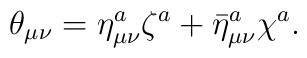
\theta_{\mu\nu} = \eta_{\mu\nu}^a \zeta^a + {\bar \eta}_{\mu\nu}^a\chi^a.